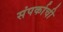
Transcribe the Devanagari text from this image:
संपर्काची